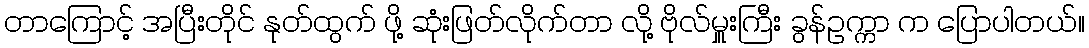
တာကြောင့် အပြီးတိုင် နုတ်ထွက် ဖို့ ဆုံးဖြတ်လိုက်တာ လို့ ဗိုလ်မှူးကြီး ခွန်ဥက္ကာ က ပြောပါတယ်။